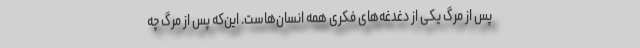
پس از مرگ یکی از دغدغه‌های فکری همه انسان‌هاست. این‌که پس از مرگ چه